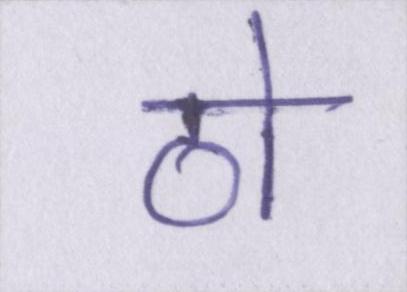
ठो